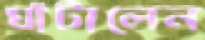
ঘাঁটালেন